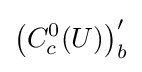
\left(C_{c}^{0}(U)\right)_{b}^{\prime }